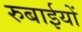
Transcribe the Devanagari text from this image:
रुबाईयों